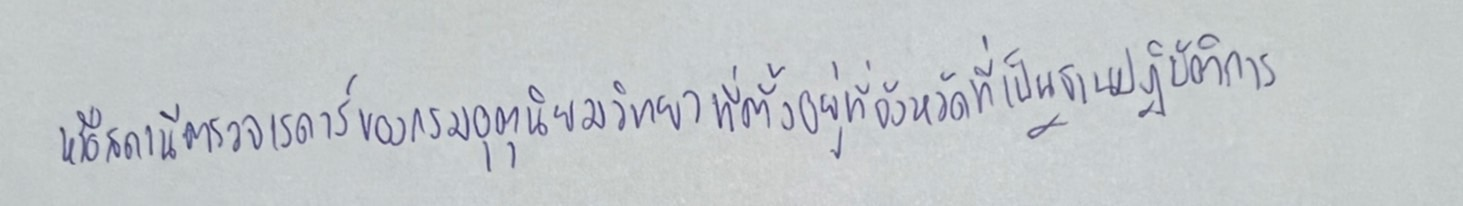
หรือสถานีตรวจเรดาร์ของกรมอุตุนิยมวิทยาที่ตั้งอยู่ที่จังหวัดที่เป็นฐานปฏิบัติการ